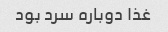
غذا دوباره سرد بود